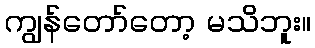
ကျွန်တော်တော့ မသိဘူး။